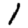
Digit: 1